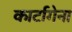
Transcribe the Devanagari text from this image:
कार्टागेना